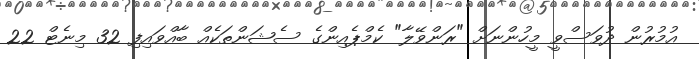
އުމުރުން ދުވަސްވީ މީހުންނަށް "ރަންވޭލާ" ކެމްޕެއިންގެ ސެޝަންތަކެއް ބާއްވައިފި 32 މިނެޓް 22